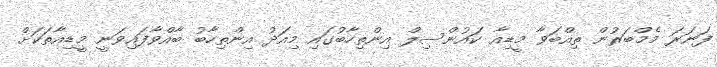
ފަނަރަ މެމްބަރުން ތިއްބަވާ މީޑިއާ ކައުންސިލް އިންތިހާބުގައި މިއަދު އިންތިހާބު ބާއްވާފައިވަނީ މީޑިއާތަކަށް